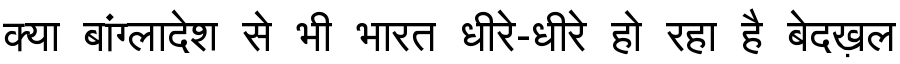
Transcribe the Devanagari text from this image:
क्या बांग्लादेश से भी भारत धीरे-धीरे हो रहा है बेदख़ल